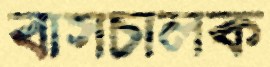
বাসচালক